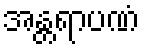
အန္တရာပဏံ